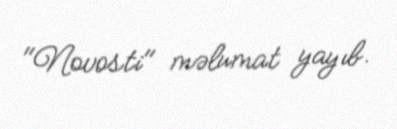
"Novosti" məlumat yayıb.